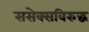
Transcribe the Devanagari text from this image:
ससेक्सविरुद्ध